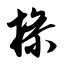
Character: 操